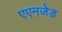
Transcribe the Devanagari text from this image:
एएनजेड